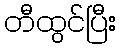
တီထွင်ပြီး